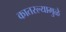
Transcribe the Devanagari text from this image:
कातरल्यामुळे